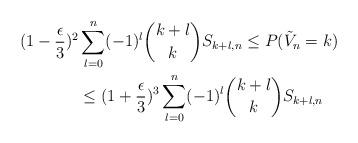
LaTeX: \begin{align*}(1-\frac{\epsilon}{3})^{2} & \sum\limits^{n}_{\substack{l=0}} (-1)^{l} \binom{k+l}{k} S_{k+l,n} \leq P(\tilde{V}_{n}=k)\\& \leq (1 + \frac{\epsilon}{3})^{3} \sum\limits^{n}_{\substack{l=0}} (-1)^{l} \binom{k+l}{k} S_{k+l,n}\end{align*}